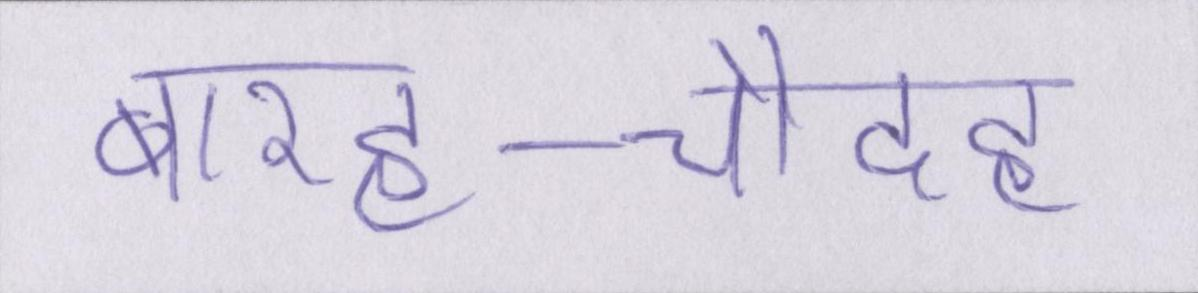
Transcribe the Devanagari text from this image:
बारह-चौदह